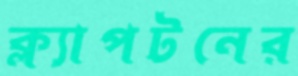
ক্ল্যাপটনের